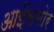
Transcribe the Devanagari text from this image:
आईसमोर